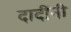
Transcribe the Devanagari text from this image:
दादींनी